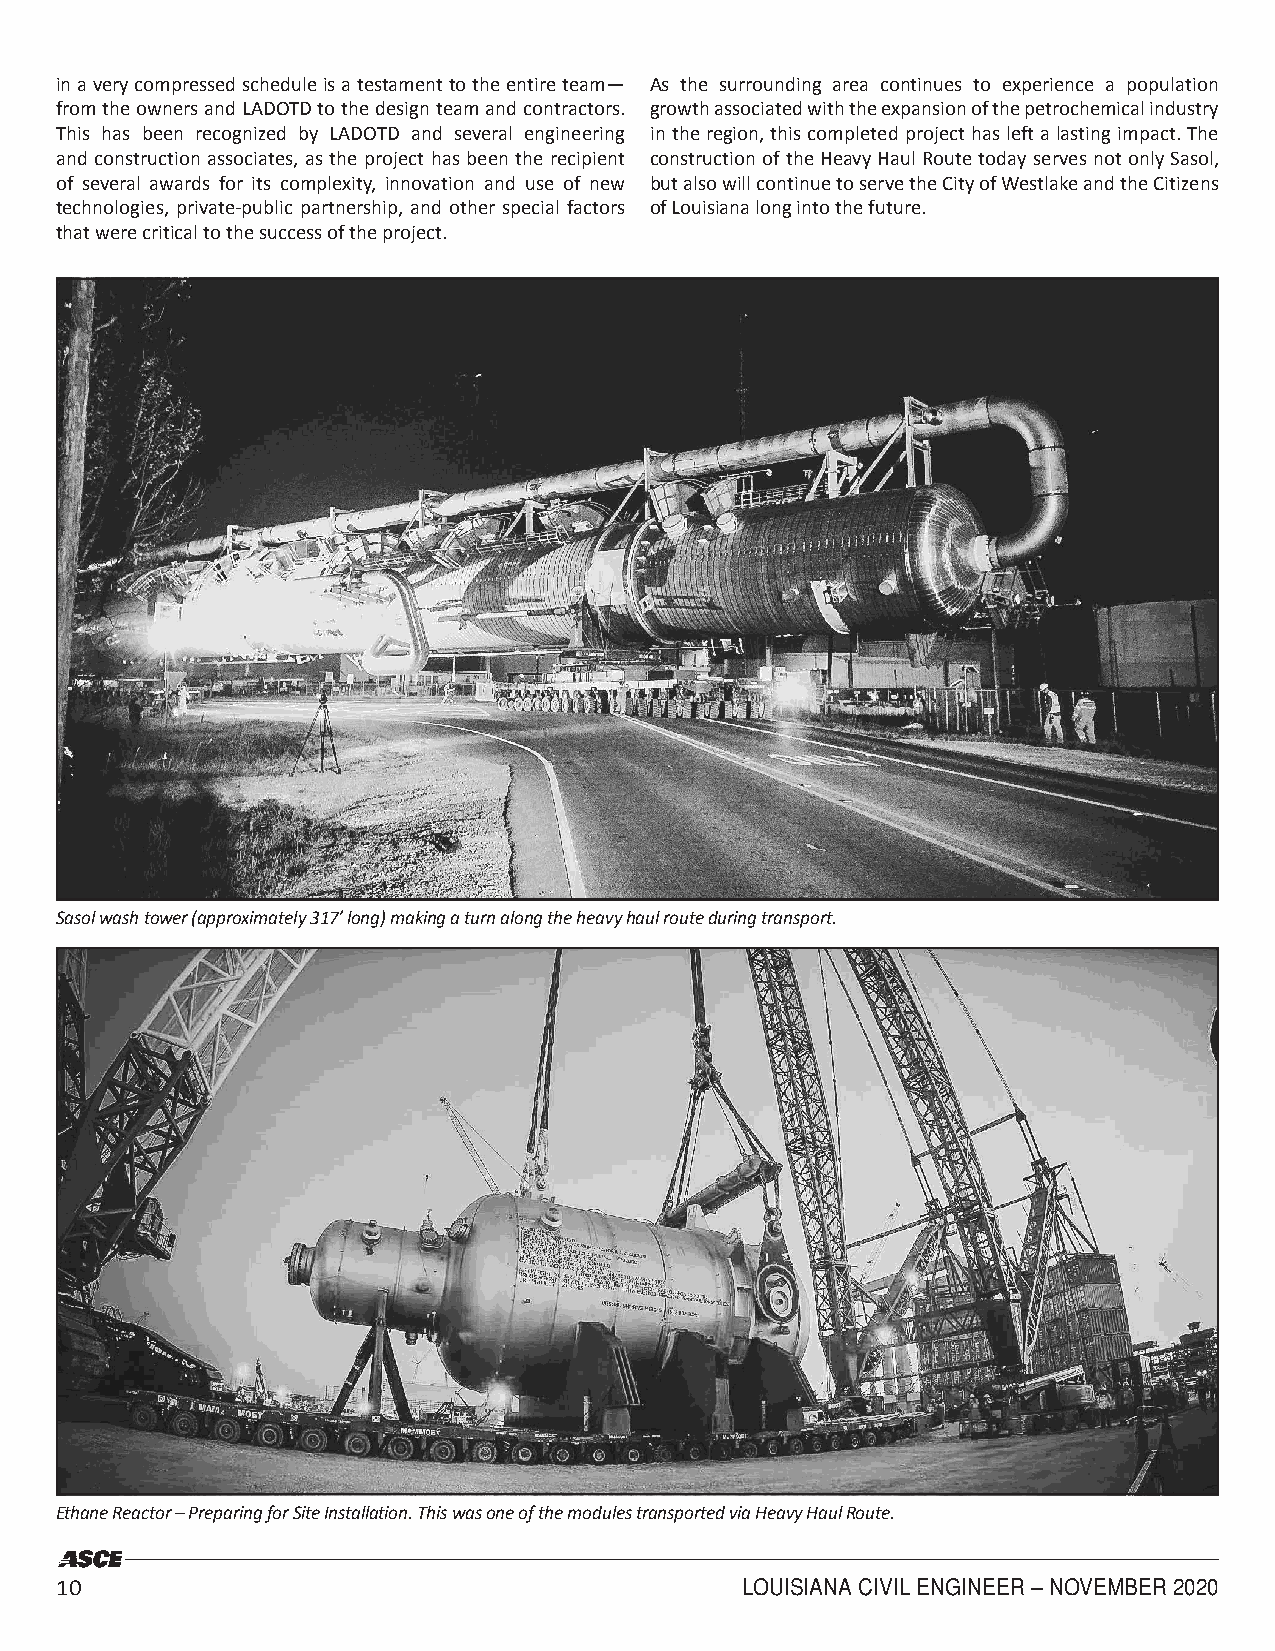
in a very compressed schedule is a testament to the entire team— As the surrounding area continues to experience a population
 from the owners and LADOTD to the design team and contractors. growth associated with the expansion of the petrochemical industry
 This has been recognized by LADOTD and several engineering in the region, this completed project has left a lasting impact. The
 and construction associates, as the project has been the recipient construction of the Heavy Haul Route today serves not only Sasol,
 of several awards for its complexity, innovation and use of new but also will continue to serve the City of Westlake and the Citizens
 technologies, private-public partnership, and other special factors of Louisiana long into the future.
 that were critical to the success of the project.
 Sasol wash tower (approximately 317’ long) making a turn along the heavy haul route during transport.
 Ethane Reactor – Preparing for Site Installation. This was one of the modules transported via Heavy Haul Route.
 10                                           LOUISIANA CIVIL ENGINEER – NOVEMBER 2020